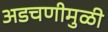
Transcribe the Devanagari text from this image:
अडचणीमुळी